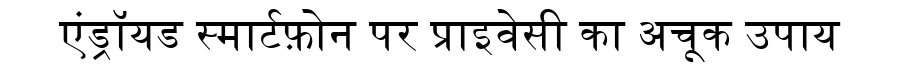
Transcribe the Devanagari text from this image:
एंड्रॉयड स्मार्टफ़ोन पर प्राइवेसी का अचूक उपाय